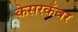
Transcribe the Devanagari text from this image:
केसरकँवर